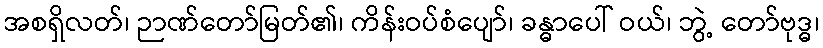
အစရှိလတ်၊ ဉာဏ်တော်မြတ်၏၊ ကိန်းဝပ်စံပျော်၊ ခန္ဓာပေါ် ဝယ်၊ ဘွဲ့ တော်ဗုဒ္ဓ၊